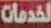
لخدمات